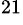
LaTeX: ^{21}